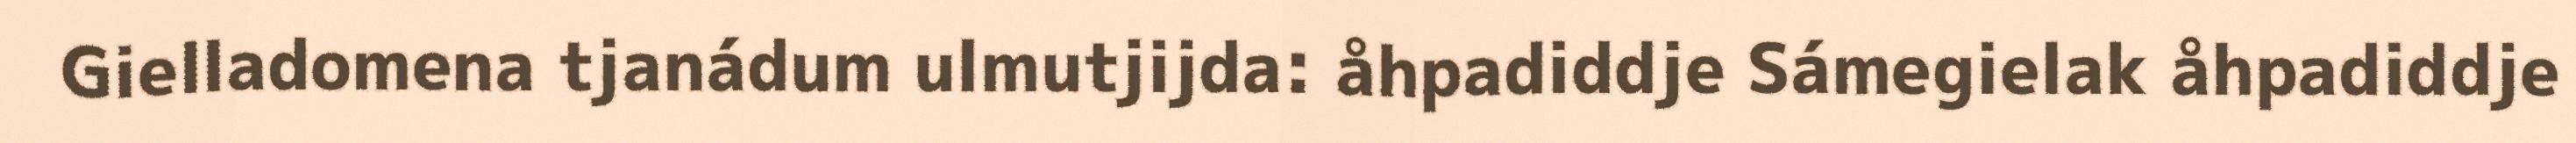
Gielladomena tjanádum ulmutjijda: åhpadiddje Sámegielak åhpadiddje